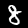
Label: 8